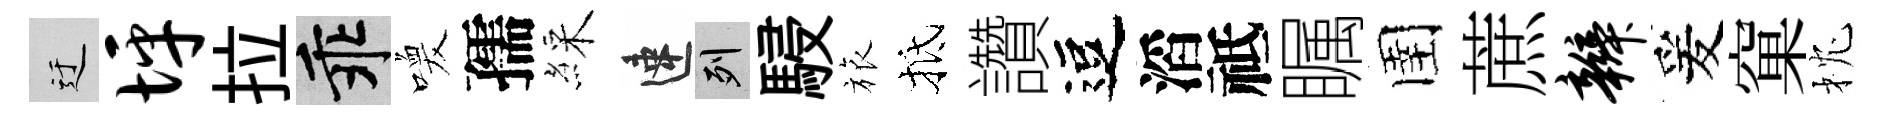
迂坪拉乖喚孺綵速列駸旅抵讚逗滔祗瞩圉蔗辫爰窠枕